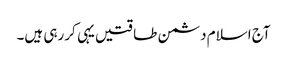
آج اسلام دشمن طاقتیں یہی کررہی ہیں۔